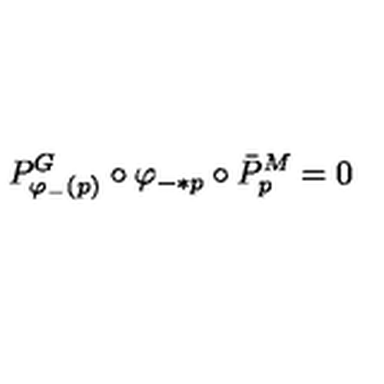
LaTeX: P _ { \varphi _ { - } ( p ) } ^ { G } \circ \varphi _ { - * p } \circ \bar { P } _ { p } ^ { M } = 0